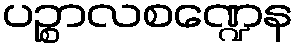
ပဉ္စာလစဏ္ဍေန